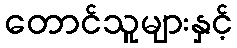
တောင်သူများနှင့်